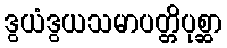
ဒွယံဒွယသမာပတ္တိပုစ္ဆာ